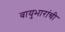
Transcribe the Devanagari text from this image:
वायुभारांची